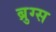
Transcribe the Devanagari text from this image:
ब्रुग्स